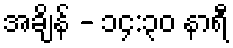
အချိန် - ၁၄:၃၀ နာရီ